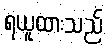
ရယူထားသည်